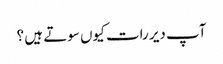
آپ دیر رات کیوں سوتے ہیں ؟